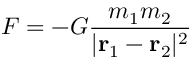
F = - G { \frac { m _ { 1 } m _ { 2 } } { | \mathbf { r } _ { 1 } - \mathbf { r } _ { 2 } | ^ { 2 } } }